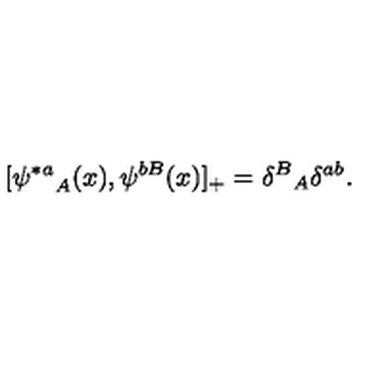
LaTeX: [ { \psi ^ { * a } } _ { A } ( x ) , \psi ^ { b B } ( x ) ] _ { + } = { \delta ^ { B } } _ { A } \delta ^ { a b } .